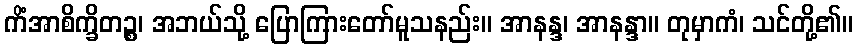
ကိံအာစိက္ခိတဉ္စ၊ အဘယ်သို့ ပြောကြားတော်မူသနည်း။ အာနန္ဒ၊ အာနန္ဒာ။ တုမှာကံ၊ သင်တို့၏။